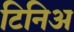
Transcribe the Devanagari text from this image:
टिनिअ